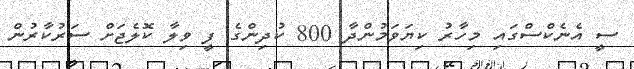
ސީ އެނެކްސްގައި މިހާރު ކިޔަވަމުންދާ 800 ކުދިންގެ ފީ ވިލާ ކޮލެޖަށް ސަރުކާރުން